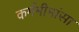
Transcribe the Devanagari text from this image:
कर्ममीमांसा